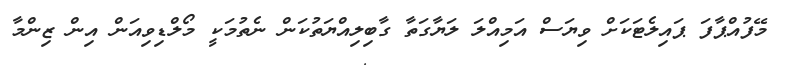
މޭފުއްޕާފަ ޕައިލެޓަކަށް ވިޔަސް އަމިއްލަ ލަޔާގަތާ ގާބިލިއްޔަތުކަން ނެތުމަކީ މޯލްޑިވިއަން އިން ޒިންމާ